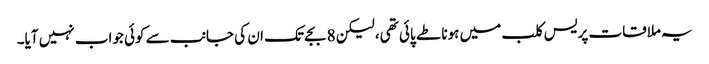
یہ ملاقات پریس کلب میں ہونا طے پائی تھی، لیکن 8 بجے تک ان کی جانب سے کوئی جواب نہیں آیا۔